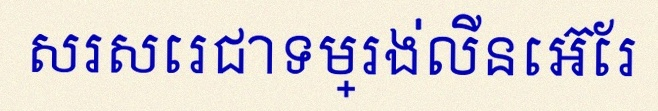
សរសេរជាទម្រង់លីនេអ៊ែរ